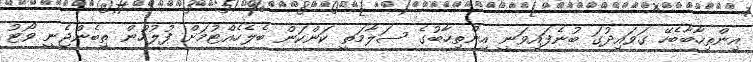
އިންތިހާބާބެހޭ ގަވައިދުގަ ބުނެފައިވަނީ އިންތިހާބުގެ ސަލާމަތީ ކަންކަން ބެލެހެއްޓުމަށް ފުލުހުން ތިބެންޖެނީ ވޯޓު